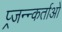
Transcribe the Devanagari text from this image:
प्र्जन्न्कर्ताओ